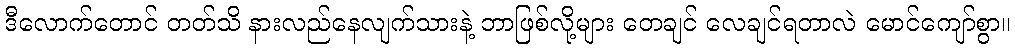
ဒီလောက်တောင် တတ်သိ နားလည်နေလျက်သားနဲ့ ဘာဖြစ်လို့များ တေချင် လေချင်ရတာလဲ မောင်ကျော်စွာ။